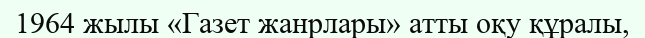
1964 жылы «Газет жанрлары» атты оқу құралы,